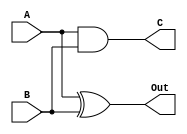
`timescale 1ns / 1ps
//////////////////////////////////////////////////////////////////////////////////
// Company: 
// Engineer: 
// 
// Design Name: 
// Module Name: bit_adder
// Project Name: 
// Target Devices: 
// Tool Versions: 
// Description: 
// 
// Dependencies: 
// 
// Revision:
// Revision 0.01 - File Created
// Additional Comments:
// 
//////////////////////////////////////////////////////////////////////////////////


module bit_adder(A,B,Out,C);
    input A;
    input B;
    output reg Out;
    output reg C;
    
    always@(A,B)
    begin
    Out = A^B;
    C = A & B;
    end
endmodule